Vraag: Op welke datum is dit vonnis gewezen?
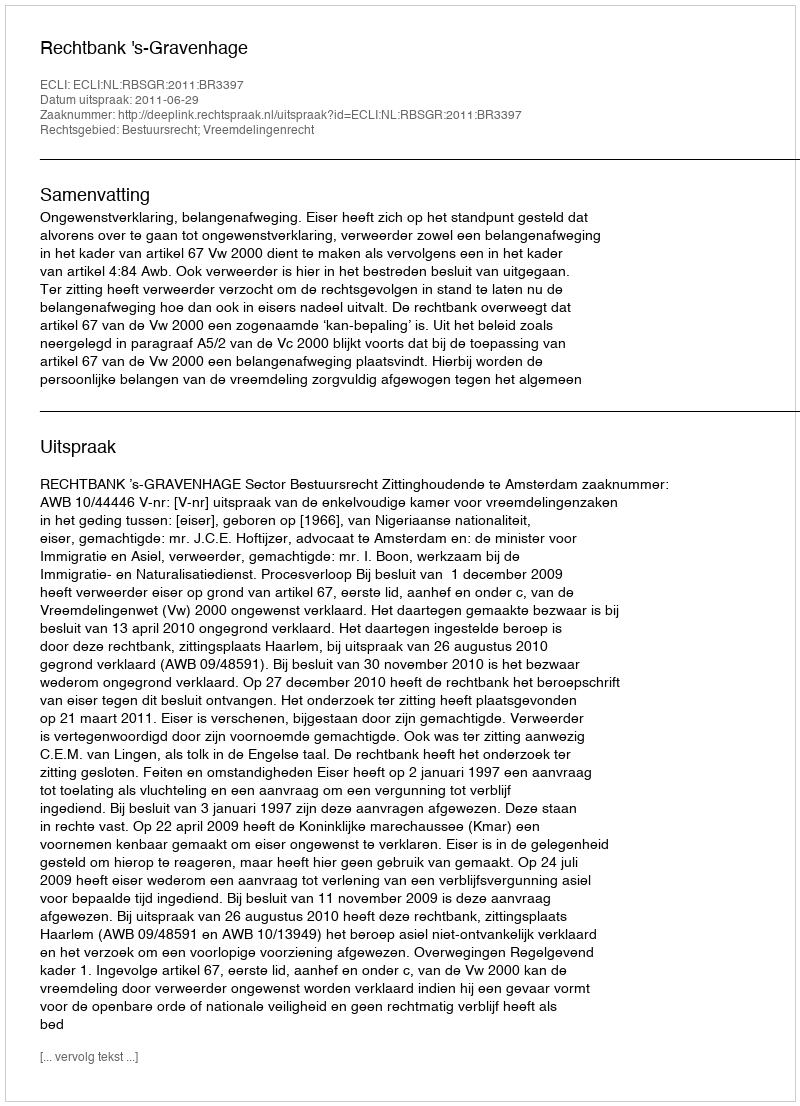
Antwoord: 2011-06-29